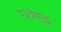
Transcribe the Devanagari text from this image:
रश्त्रयुद्ध